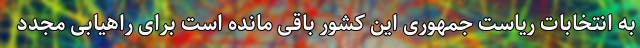
به انتخابات ریاست جمهوری این کشور باقی مانده است برای راهیابی مجدد